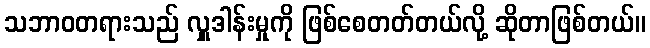
သဘာဝတရားသည် လှူဒါန်းမှုကို ဖြစ်စေတတ်တယ်လို့ ဆိုတာဖြစ်တယ်။